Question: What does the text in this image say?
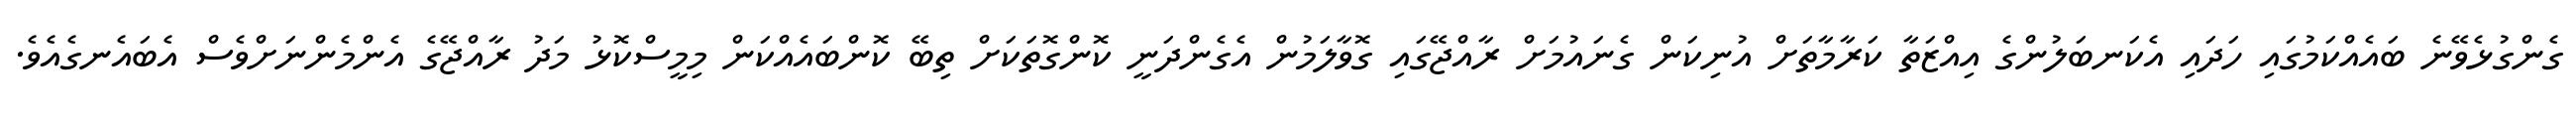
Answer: ގެންގުޅެވޭނެ ބައެއްކަމުގައި ހަދައި އެކަނބަލުންގެ އިއްޒަތާ ކަރާމާތަށް އުނިކަން ގެނައުމަށް ރާއްޖޭގައި ގޮވާލަމުން އެގެންދަނީ ކޮންގޮތަކަށް ތިބޭ ކޮންބައެއްކަން މިމީސްކޮޅު މަދު ރާއްޖޭގެ އެންމެންނަށްވެސް އެބައެނގެއެވެ.